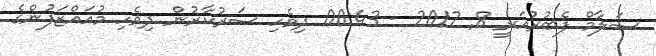
ސަލާމް ފެބުރުއަރީ 8